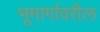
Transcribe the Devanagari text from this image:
भूमार्गावरील